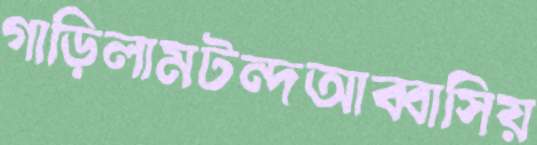
গাড়িলামটন্দআব্বাসিয়